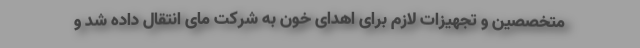
متخصصین و تجهیزات لازم برای اهدای خون به شرکت مای انتقال داده شد و